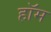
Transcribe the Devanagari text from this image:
हॉम